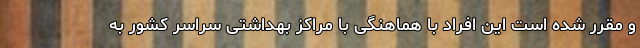
و مقرر شده است این افراد با هماهنگی با مراکز بهداشتی سراسر کشور به